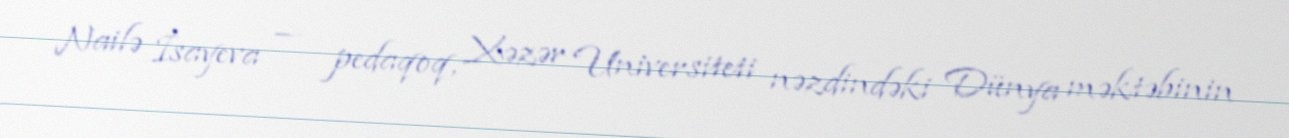
Nailə İsayeva — pedaqoq, Xəzər Universiteti nəzdindəki Dünya məktəbinin